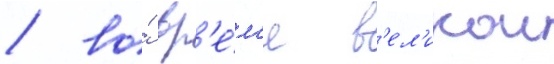
/ во́ вр'е́м'я в'ел'икои